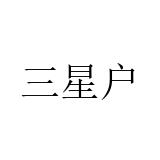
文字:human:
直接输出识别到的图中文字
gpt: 三星户